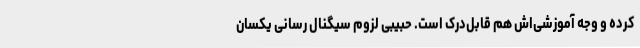
کرده و وجه آموزشی‌اش هم قابل‌درک است. حبیبی لزوم سیگنال رسانی یکسان